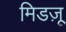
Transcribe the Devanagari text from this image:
मिडज़ू